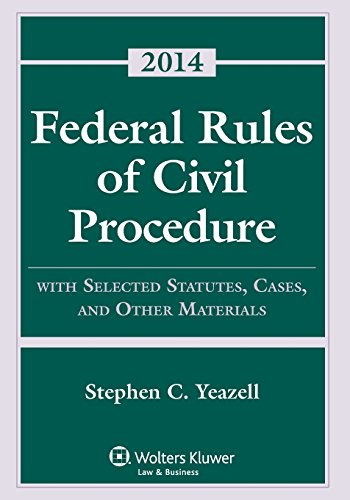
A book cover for Federal Rules of Civil Procedure with Selected Rules and Statutes; Stephen C. Yeazell; Law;